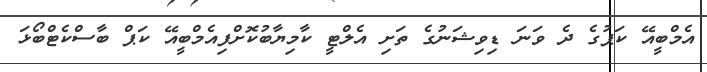
އެމްބީއޭ ކަޕުގެ ދެ ވަނަ ޑިވިޝަނުގެ ތަށި އެލްޓީ ކާމިޔާބުކޮށްފިއެމްބީއޭ ކަޕް ބާސްކެޓްބޯޅަ